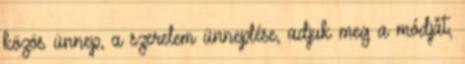
közös ünnep, a szerelem ünneplése, adjuk meg a módját,